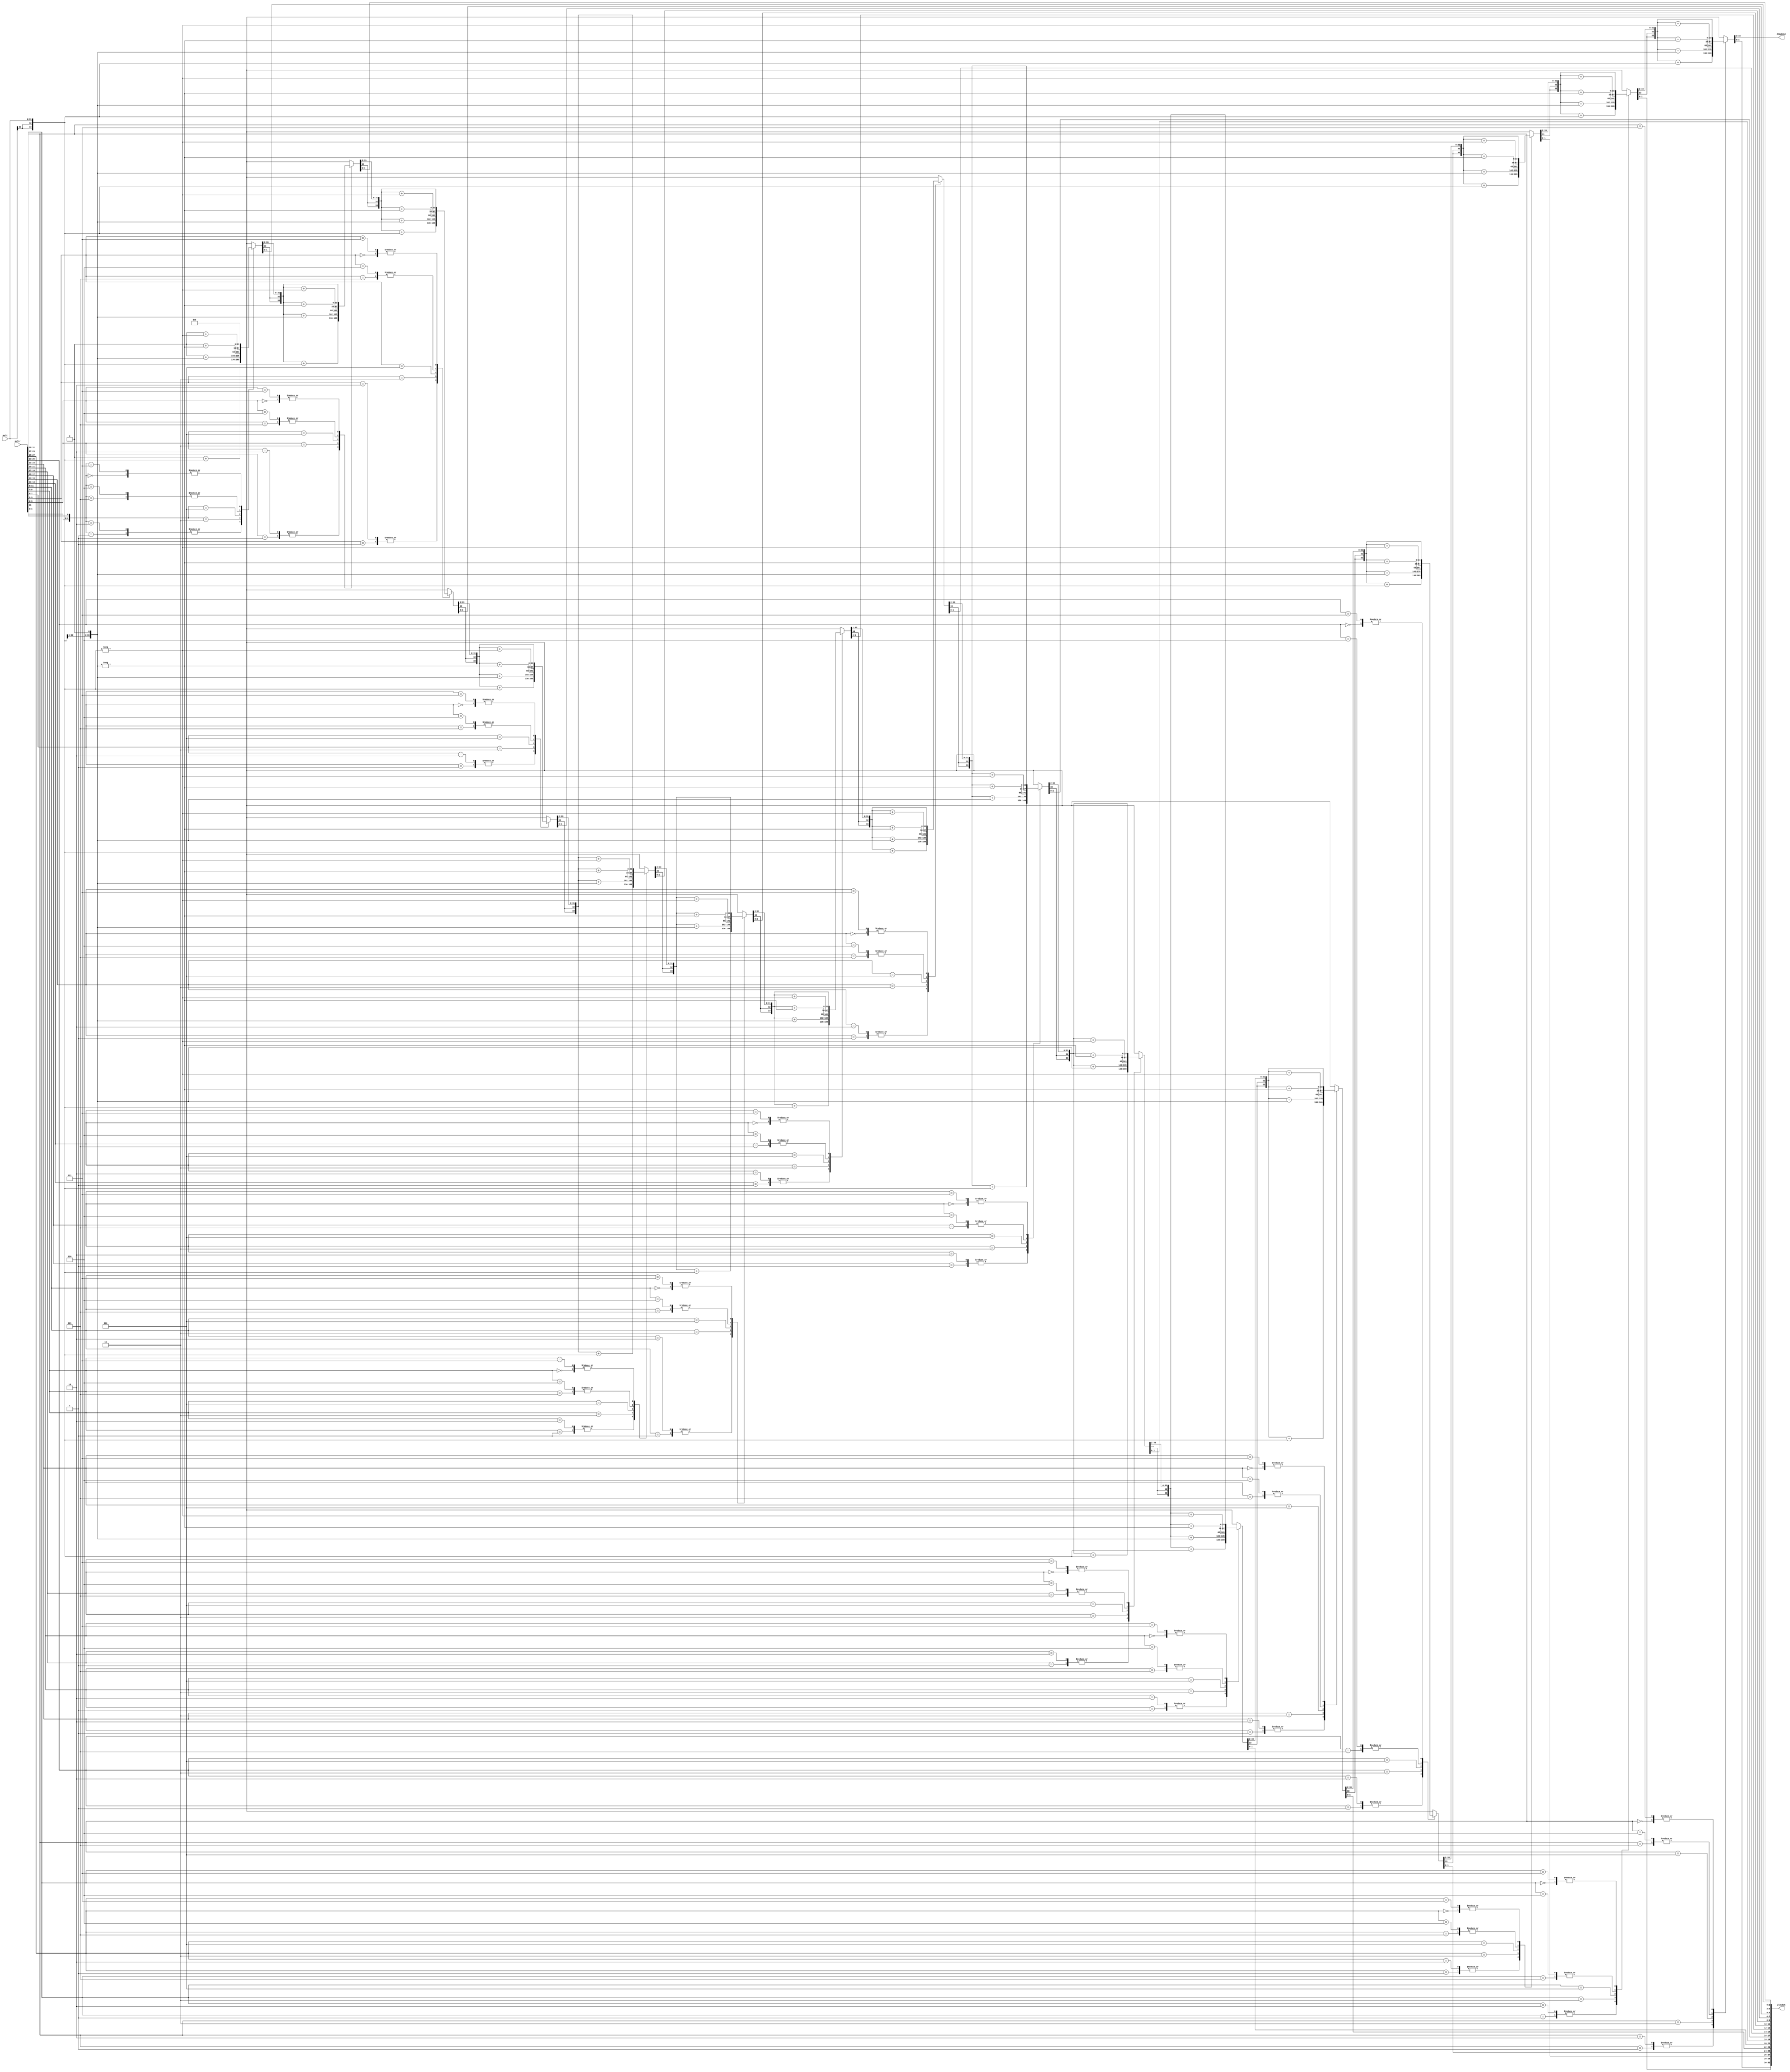
`timescale 1ns / 1ps

module booth_mult (
    input [31:0] mult,
    input [31:0] multr,
    output reg [31:0] ZhighOut,
    output reg [31:0] ZlowOut

  );

  integer i;
  reg cb; //carry bit
  reg [1:0] mb;

  reg [33:0] P1; // answer store temp
  reg [33:0] P2; 
  reg [63:0] prod;
  
  initial begin
  		cb <= 0;
        prod <= 0;
        ZhighOut <= 0;
        ZlowOut <= 0;
  end
 

  wire [33:0] mult_pos_1 = {mult[31], mult[31], mult};
  wire [33:0] mult_neg_1 = -mult_pos_1;;
  wire [33:0] mult_pos_2 = { mult[31], mult, 1'b0 };
  wire [33:0] mult_neg_2 = -mult_pos_2;


  always @(*) begin


      for (i = 0; i < 16; i = i + 1) begin
          if (i==0)
              prod = {32'd0, multr};

          P1 = {prod[63], prod[63], prod[63:32]};

          mb = prod[1:0];

          case( {mb, cb} )
              3'b000: P2 = P1;
              3'b001: P2 = P1 + mult_pos_1;
              3'b010: P2 = P1 + mult_pos_1;
              3'b011: P2 = P1 + mult_pos_2;
              3'b100: P2 = P1 + mult_neg_2;
              3'b101: P2 = P1 + mult_neg_1;
              3'b110: P2 = P1 + mult_neg_1;
              3'b111: P2 = P1;
          endcase


          cb = prod[1];

          prod = {P2, prod[31:2]};

      end
      ZlowOut = prod[31:0]; 
      ZhighOut = prod[63:32]; 

  end
endmodule